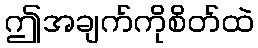
ဤအချက်ကိုစိတ်ထဲ